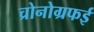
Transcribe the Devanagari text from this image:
च्रोनोग्रफई